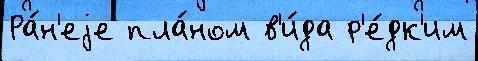
Ра́н'еjе пла́ном в'и́да р'е́дк'им